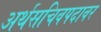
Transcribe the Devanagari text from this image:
अर्थसचिवपदावर